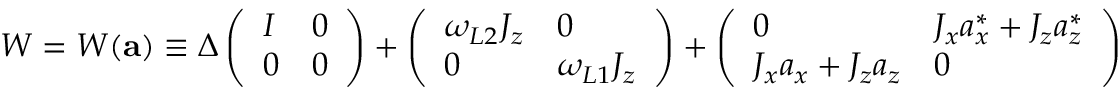
W = W ( { \bf a } ) \equiv \Delta \left( \begin{array} { l l } { I } & { 0 } \\ { 0 } & { 0 } \end{array} \right) + \left( \begin{array} { l l } { \omega _ { L 2 } J _ { z } } & { 0 } \\ { 0 } & { \omega _ { L 1 } J _ { z } } \end{array} \right) + \left( \begin{array} { l l } { 0 } & { J _ { x } a _ { x } ^ { \ast } + J _ { z } a _ { z } ^ { \ast } } \\ { J _ { x } a _ { x } + J _ { z } a _ { z } } & { 0 } \end{array} \right)